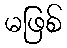
မဖြစ်